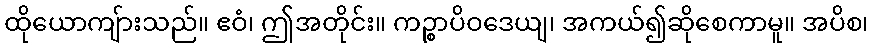
ထိုယောကျ်ားသည်။ ဧဝံ၊ ဤအတိုင်း။ ကဉ္စာပိဝဒေယျ၊ အကယ်၍ဆိုစေကာမူ။ အပိစ၊